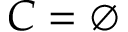
C = \varnothing